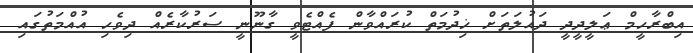
އިބްރާހީމް ޢަލީދީދީ ދައުލަތަށް ޚިދުމަތް ކުރައްވާން ފެއްޓެވީ ގާނޫނީ ސަރުކާރެއް ދިވެހި އުއްމަތުގައި